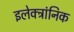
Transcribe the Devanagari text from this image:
इलेक्ट्रांनिक